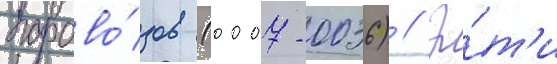
парово́зов (0007-0036) // Э́т'и